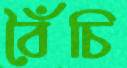
বৈঁঁচি